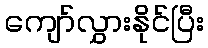
ကျော်လွှားနိုင်ပြီး